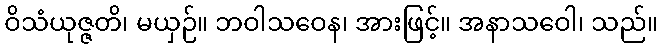
ဝိသံယုဇ္ဇတိ၊ မယှဉ်။ ဘဝါသဝေန၊ အားဖြင့်။ အနာသဝေါ၊ သည်။